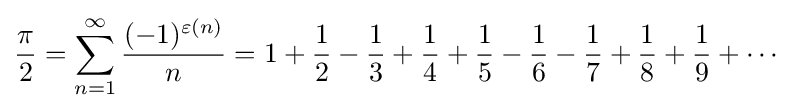
{\frac {\pi }{2}}=\sum _{n=1}^{\infty }{\frac {(-1)^{\varepsilon (n)}}{n}}=1+{\frac {1}{2}}-{\frac {1}{3}}+{\frac {1}{4}}+{\frac {1}{5}}-{\frac {1}{6}}-{\frac {1}{7}}+{\frac {1}{8}}+{\frac {1}{9}}+\cdots